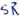
Text: SR